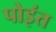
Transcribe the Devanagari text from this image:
पोइंत